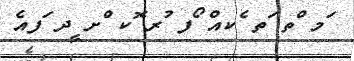
ަމ ްތ ަތ ެކއް ޯފ ުރ ޮކ ްށ ީދ ަފއެ